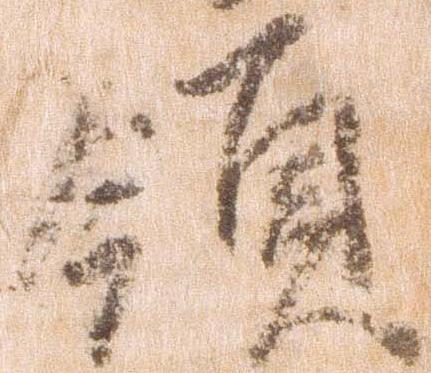
領